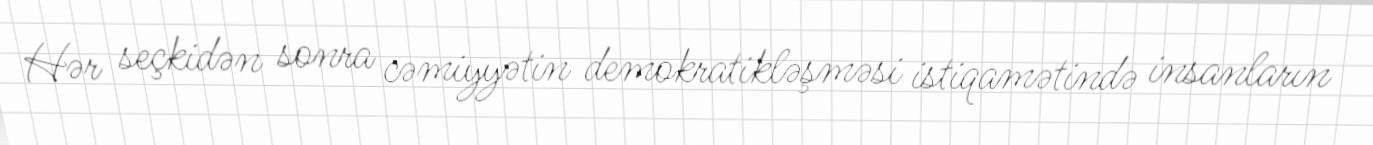
Hər seçkidən sonra cəmiyyətin demokratikləşməsi istiqamətində insanların